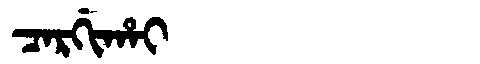
Manchu: ᠴᠠᡵᡤᡳᡥᠠᡳ
Romanization: CARGIHAI